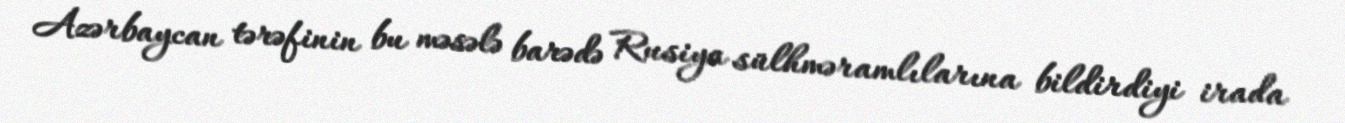
Azərbaycan tərəfinin bu məsələ barədə Rusiya sülhməramlılarına bildirdiyi irada